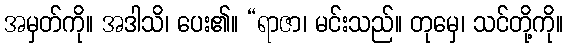
အမှတ်ကို။ အဒါသိ၊ ပေး၏။ “ရာဇာ၊ မင်းသည်။ တုမှေ၊ သင်တို့ကို။